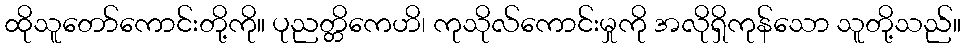
ထိုသူတော်ကောင်းတို့ကို။ ပုညတ္တိကေဟိ၊ ကုသိုလ်ကောင်းမှုကို အလိုရှိကုန်သော သူတို့သည်။